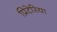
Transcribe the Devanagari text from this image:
प्रिटेरिया